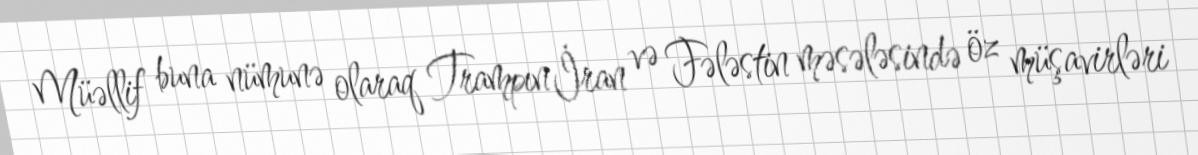
Müəllif buna nümunə olaraq Trampın İran və Fələstin məsələsində öz müşavirləri